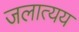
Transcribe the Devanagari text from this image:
जलात्यय